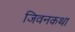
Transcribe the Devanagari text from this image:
जिवनकथा